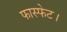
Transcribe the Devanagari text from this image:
फास्फेट।